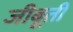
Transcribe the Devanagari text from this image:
जीबूती